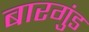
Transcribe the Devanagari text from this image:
बारगुंड